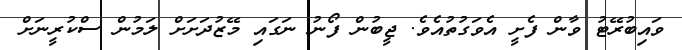
ވައިބުރޭޓު ވާން ފެށީ އެވަގުތުއެވެ. ޖީބުން ފޯނު ނަގައި މޭޒުދަށަށް ލަމުން ސްކުރީނަށް